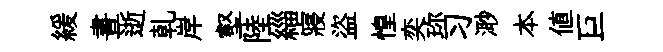
緩晝逝乹岸壑陸緇寢盜惶奕珎习𣺌本値巨